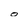
Character: o